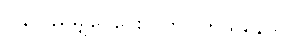
ပြန်လည်မျှဝေပေးလိုက်ပါတယ်နော်။